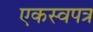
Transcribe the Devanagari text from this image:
एकस्वपत्र